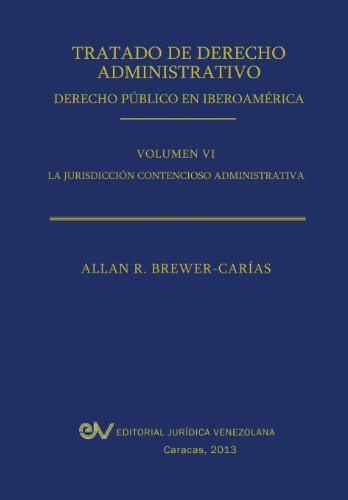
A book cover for Tratado de Derecho Administrativo. Tomo VI. La Jurisdiccion Contencioso Administrativa (Spanish Edition); Allan R. Brewer-Carias; Law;